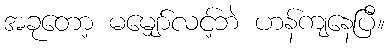
အခုတော့ မမျှော်လင့်ဘဲ ဟန်ကျနေပြီ။